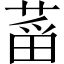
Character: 𱽻